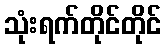
သုံးရက်တိုင်တိုင်